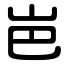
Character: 岜